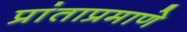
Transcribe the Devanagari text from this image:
प्रांताप्रमाणे